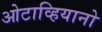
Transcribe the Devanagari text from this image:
ओटाव्हियानो